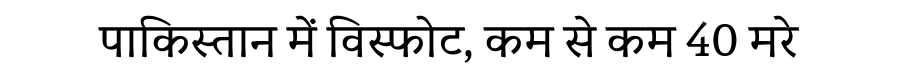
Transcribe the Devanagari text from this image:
पाकिस्तान में विस्फोट, कम से कम 40 मरे